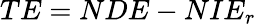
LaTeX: TE=NDE-NIE_{r}